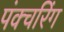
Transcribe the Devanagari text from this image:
पंक्चरिंग